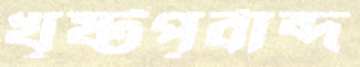
খৃষ্টপূর্বাব্দ